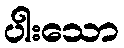
ပါးသော